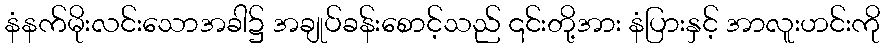
နံနက်မိုးလင်းသောအခါ၌ အချုပ်ခန်းစောင့်သည် ၎င်းတို့အား နံပြားနှင့် အာလူးဟင်းကို